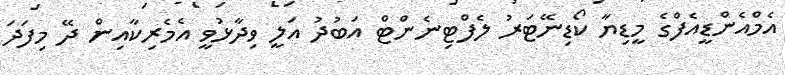
އެމްއެންޑީއެފްގެ މީޑިޔާ ކޯޑިނޭޓަރު ލެފްޓިނެންޓް އަބުދު އަލީ ވިދާޅުވީ އެމެރިކާއިން ދޭ މިފަދަ